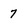
Character: 7